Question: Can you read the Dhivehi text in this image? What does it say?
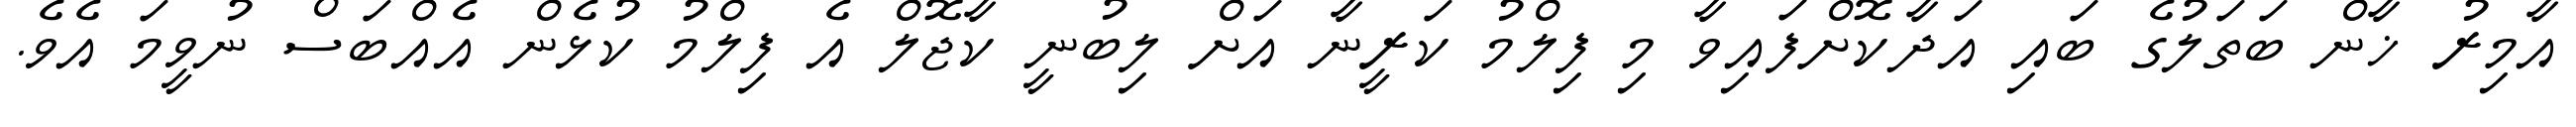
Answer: އާމިރު ޚާން ބަތަލުގެ ބައި އަދާކޮށްފައިވާ މި ފިލްމު ކަރީނާ އަށް ލިބުނީ ކާޖޮލް އެ ފިލްމު ކުޅެން އެއްބަސް ނުވީމަ އެވެ.